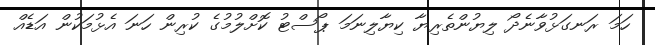
ހަމަ ރަނގަޅުވާނެދޯ ލިޔުންތެރިޔާ ކިޔާލިނަމަ ޕޯސްޓު ކޮށްލުމުގެ ކުރިން ހަނަ އެޅުމަކުން އަޑެއް